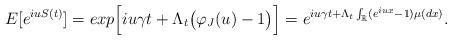
LaTeX: \begin{align*}E[e^{iuS(t)}]=exp\Big[iu\gamma t+\Lambda_t\big(\varphi_J(u)-1\big)\Big]=e^{iu\gamma t+\Lambda_t \int_{\Bbb R}(e^{iux}-1)\mu(dx)}.\end{align*}